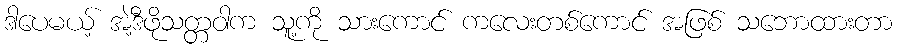
ဒါပေမယ့် အဲ့ဒီဖိုသတ္တဝါက သူ့ကို သားကောင် ကလေးတစ်ကောင် အဖြစ် သဘောထားတာ